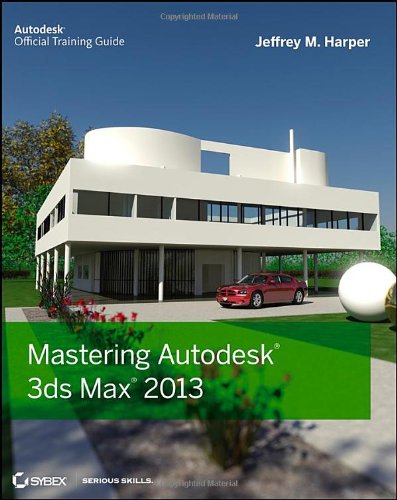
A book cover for Mastering Autodesk 3ds Max 2013; Jeffrey Harper; Computers & Technology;